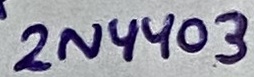
Text: 2N4403